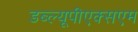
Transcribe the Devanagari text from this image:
डब्ल्यूपीएक्सएम